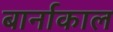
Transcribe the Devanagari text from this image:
बार्नाकाल